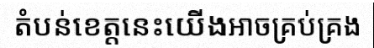
តំបន់ខេត្តនេះយើងអាចគ្រប់គ្រង